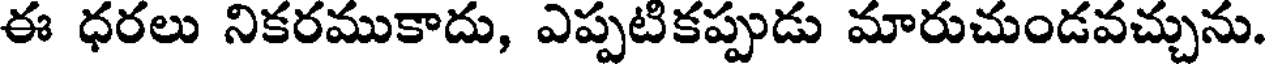
ఈ ధరలు నికరముకాదు, ఎప్పటికప్పుడు మారుచుండవచ్చును.